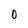
Character: O